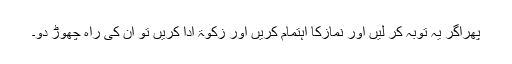
پھراگر یہ توبہ کر لیں اور نمازکا اہتمام کریں اور زکوٰۃ ادا کریں تو اِن کی راہ چھوڑ دو۔